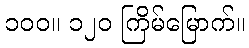
၁၀၀။ ၁၂၀ ကြိမ်မြောက်။